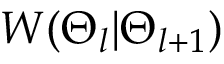
W ( \Theta _ { l } | \Theta _ { l + 1 } )